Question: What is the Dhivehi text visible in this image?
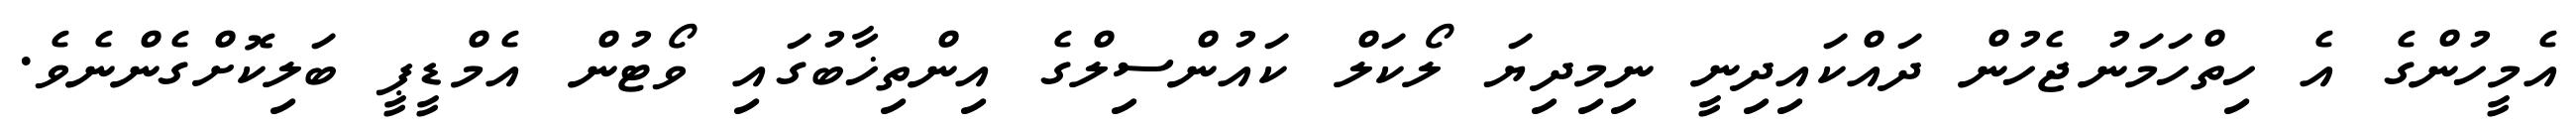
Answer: އެމީހުންގެ އެ ހިތްހަމަނުޖެހުން ދައްކައިދިނީ ނިމިދިޔަ ލޯކަލް ކައުންސިލްގެ އިންތިޚާބުގައި ވޯޓުން އެމްޑީޕީ ބަލިކޮށްގެންނެވެ.